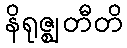
နိရုဇ္ဈတီတိ